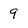
Character: 9